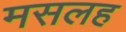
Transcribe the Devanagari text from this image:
मसलह